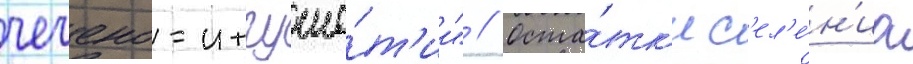
чечено-ингуше́т'ии" // Оста́тк'и с'ел'е́н'иа